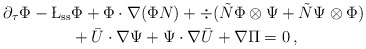
\begin{align*} \partial_\tau \Phi -\L_{\rm ss} &\Phi + \Phi \cdot \nabla (\Phi N) + \div ( \tilde{N} \Phi \otimes \Psi + \tilde{N} \Psi \otimes \Phi) \\ & + \bar{U} \cdot \nabla \Psi + \Psi \cdot \nabla \bar{U}+ \nabla \Pi =0\, , \end{align*}